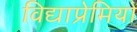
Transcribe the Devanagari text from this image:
विद्याप्रेमियों